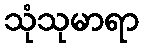
သုံသုမာရာ